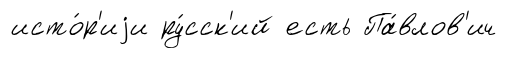
исто́р'иjи ру́сск'ий есть Па́влов'ич